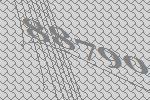
88790